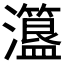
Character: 𤃾